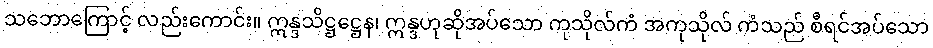
သဘောကြောင့် လည်းကောင်း။ ဣန္ဒသိဋ္ဌဋ္ဌေန၊ ဣန္ဒဟုဆိုအပ်သော ကုသိုလ်ကံ အကုသိုလ် ကံသည် စီရင်အပ်သော